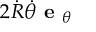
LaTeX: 2 { \dot { R } } { \dot { \theta } } { \textbf { e } } _ { \theta }